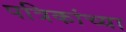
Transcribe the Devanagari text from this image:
पत्रिकांच्या